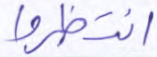
انتظروا